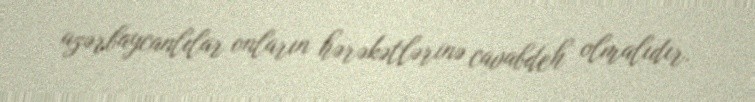
azərbaycanlılar onların hərəkətlərinə cavabdeh olmalıdır.